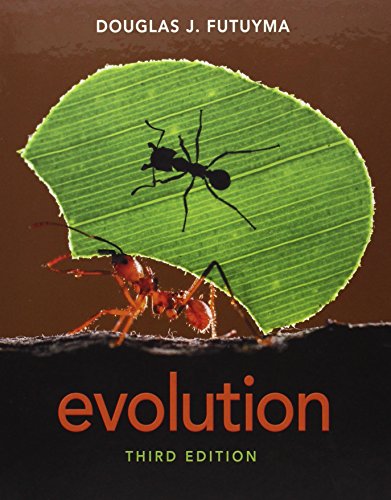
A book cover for Evolution, Third Edition; Douglas J. Futuyma; Science & Math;